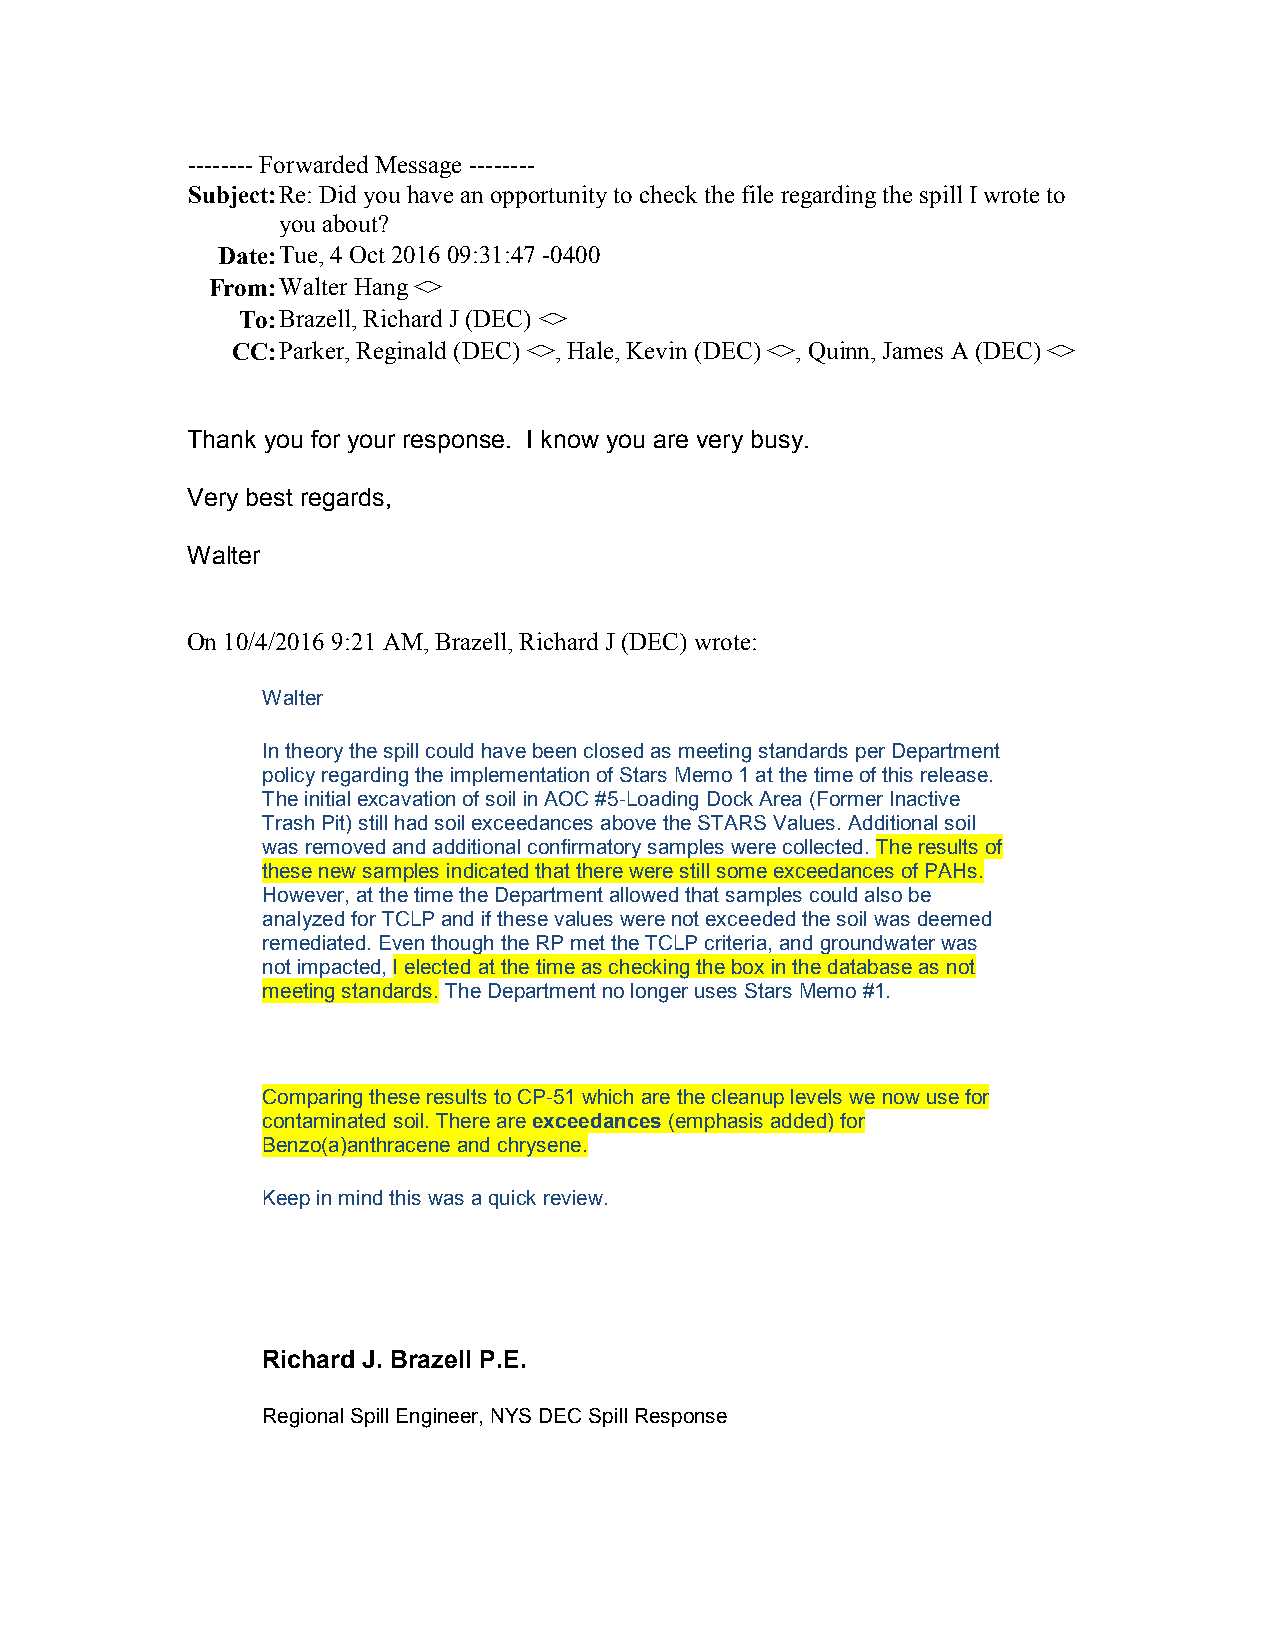
-------- Forwarded Message --------
 Subject: Re: Did you have an opportunity to check the file regarding the spill I wrote to
 you about?
 Date: Tue, 4 Oct 2016 09:31:47 -0400
 From: Walter Hang <>
 To: Brazell, Richard J (DEC) <>
 CC: Parker, Reginald (DEC) <>, Hale, Kevin (DEC) <>, Quinn, James A (DEC) <>
 Thank you for your response. I know you are very busy.
 Very best regards,
 Walter
 On 10/4/2016 9:21 AM, Brazell, Richard J (DEC) wrote:
 Walter
 In theory the spill could have been closed as meeting standards per Department
 policy regarding the implementation of Stars Memo 1 at the time of this release.
 The initial excavation of soil in AOC #5-Loading Dock Area (Former Inactive
 Trash Pit) still had soil exceedances above the STARS Values. Additional soil
 was removed and additional confirmatory samples were collected. The results of
 these new samples indicated that there were still some exceedances of PAHs.
 However, at the time the Department allowed that samples could also be
 analyzed for TCLP and if these values were not exceeded the soil was deemed
 remediated. Even though the RP met the TCLP criteria, and groundwater was
 not impacted, I elected at the time as checking the box in the database as not
 meeting standards. The Department no longer uses Stars Memo #1.
 Comparing these results to CP-51 which are the cleanup levels we now use for
 contaminated soil. There are exceedances (emphasis added) for
 Benzo(a)anthracene and chrysene.
 Keep in mind this was a quick review.
 Richard J. Brazell P.E.
 Regional Spill Engineer, NYS DEC Spill Response